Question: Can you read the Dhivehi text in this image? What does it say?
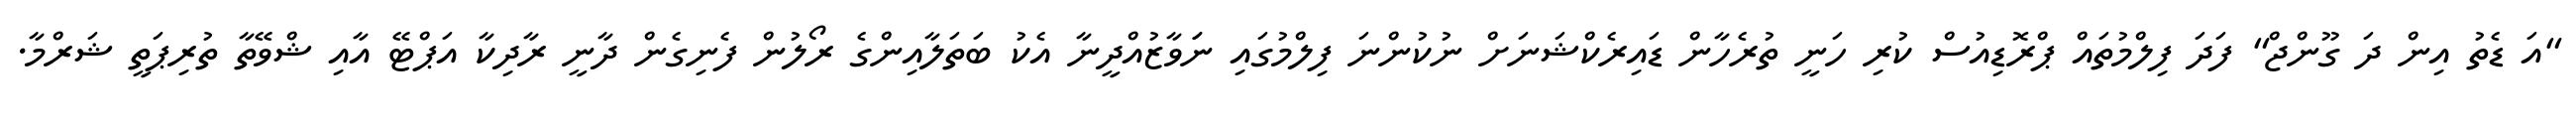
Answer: "އަ ޑެތު އިން ދަ ގޫންޖް" ފަދަ ފިލްމުތައް ޕްރޮޑިއުސް ކުރި ހަނީ ތުރެހާން ޑައިރެކްޝަނަށް ނުކުންނަ ފިލްމުގައި ނަަވާޒުއްދީނާ އެކު ބަތަލާއިންގެ ރޯލުން ފެނިގެން ދާނީ ރާދިކާ އަޕްޓޭ އާއި ޝްވޭތާ ތުރިޕަތީ ޝަރްމާ.